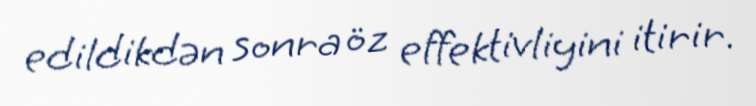
edildikdən sonra öz effektivliyini itirir.